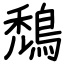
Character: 鵚